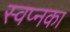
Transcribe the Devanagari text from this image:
स्वप्नका